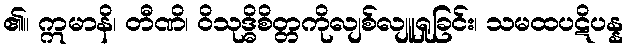
၏။ ဣမာနိ၊ တီဏိ၊ ဝိသုဒ္ဓိစိတ္တကိုလျစ်လျူရှုခြင်း၊ သမထပဋိပန္န